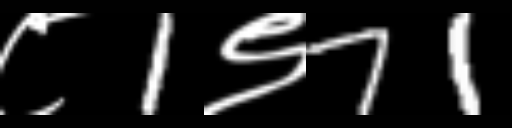
Text: ८1९71